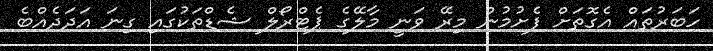
ހަބަރުތައް އެގޮތަށް ފެށުމުން މިރޭ ވަނީ މާލޭގެ ޕެޓްރޯލް ޝެޑްތަކުގައި ގިނަ އަދަދެއްބެ